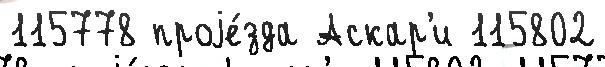
115778 проjе́зда Аскар'и 115802